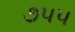
૭૫૫